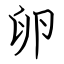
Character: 卵